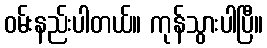
ဝမ်းနည်းပါတယ်။ ကုန်သွားပါပြီ။